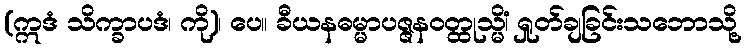
(ဣဒံ သိက္ခာပဒံ၊ ကို)၊ ပေ။ ခီယနဓမ္မာပဇ္ဇနဝတ္ထုသ္မိံ၊ ရှုတ်ချခြင်းသဘောသို့